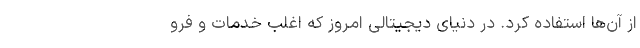
از آن‌ها استفاده کرد. در دنیای دیجیتالی امروز که اغلب خدمات و فرو